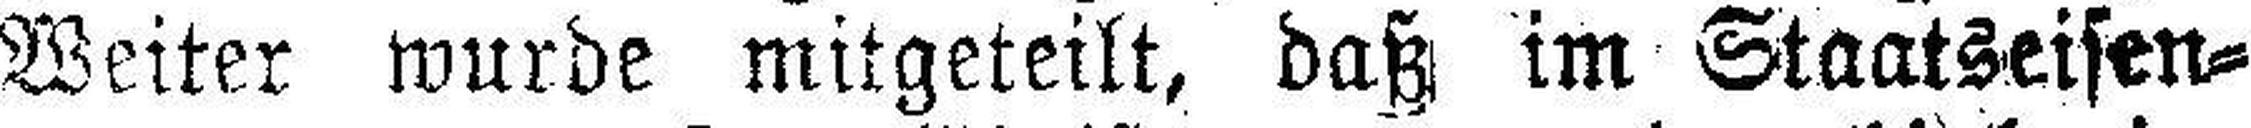
Weiter wurde mitgeteilt, daß im Staatseisen¬